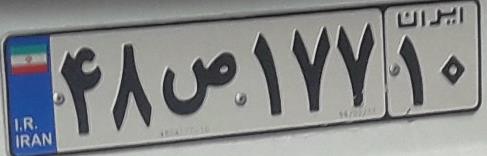
۴۸ص۱۷۷۱۰